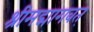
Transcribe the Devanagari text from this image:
श्रीमद्मागवत्